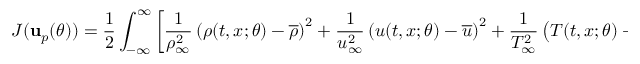
J ( \mathbf { u } _ { p } ( \theta ) ) = \frac { 1 } { 2 } \int _ { - \infty } ^ { \infty } \left[ \frac { 1 } { \rho _ { \infty } ^ { 2 } } \left( \rho ( t , x ; \theta ) - \overline { { \rho } } \right) ^ { 2 } + \frac { 1 } { u _ { \infty } ^ { 2 } } \left( u ( t , x ; \theta ) - \overline { { u } } \right) ^ { 2 } + \frac { 1 } { T _ { \infty } ^ { 2 } } \left( T ( t , x ; \theta ) - \overline { { T } } \right) ^ { 2 } \right] \, d x ,